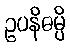
ဥပနိဓမ္ပိ